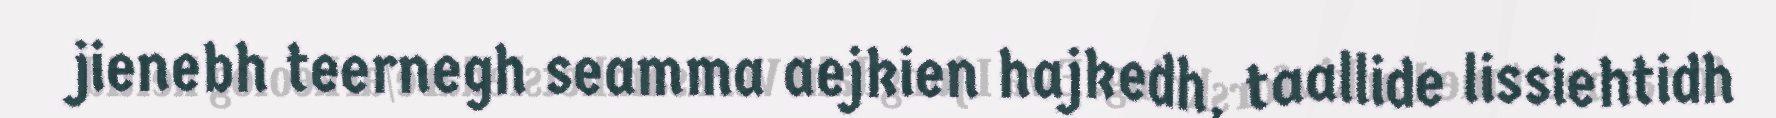
jienebh teernegh seamma aejkien hajkedh, taallide lissiehtidh